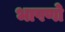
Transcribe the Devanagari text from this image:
भाषणो